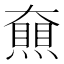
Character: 𡚔